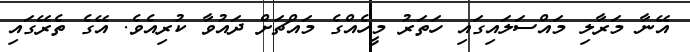
އޭނާ މަރާލި މައްސަލައިގައި ހަތަރު މީހެއްގެ މައްޗަށް ދައުވާ ކުރިއެވެ. އޭގެ ތެރޭގައި